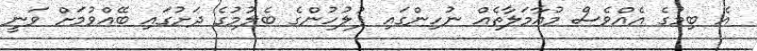
އެ ބިމުގެ އެއްވެސް މުއާމަލާތެއް ނުހިންގައި ފުލުހުންގެ ބެލުމުގެ ދަށުގައި ބޭއްވުމަށް ވަނީ